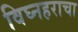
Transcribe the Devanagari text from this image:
विघ्नहराचा